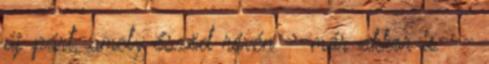
új párt, amely őszöd révén --már akkor is --